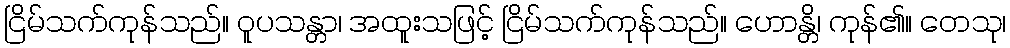
ငြိမ်သက်ကုန်သည်။ ဝူပသန္တာ၊ အထူးသဖြင့် ငြိမ်သက်ကုန်သည်။ ဟောန္တိ၊ ကုန်၏။ တေသု၊